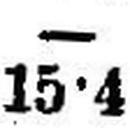
15•4